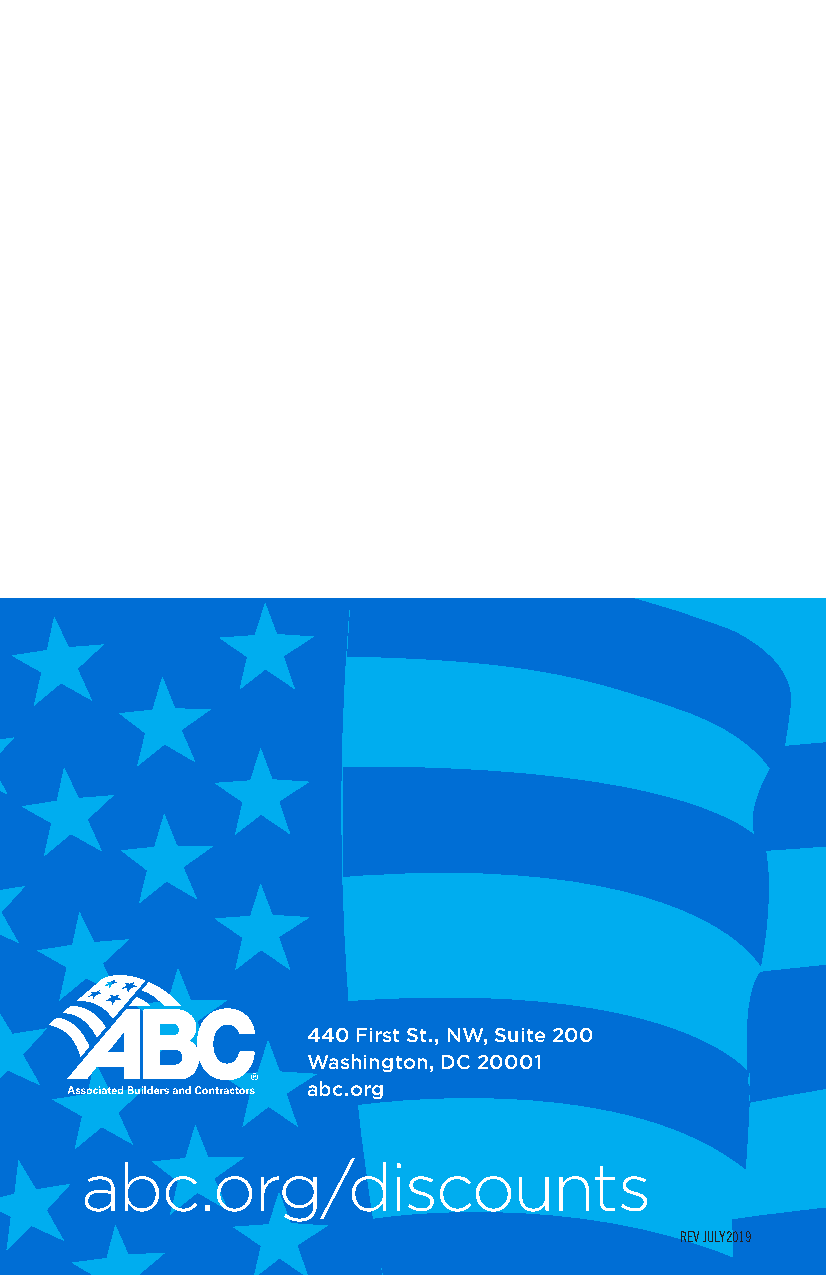
440 First St., NW, Suite 200
 Washington, DC 20001
 abc.org
 abc.org/discounts
 22                                         REV JULY2019